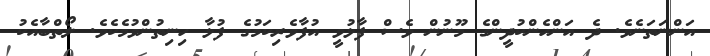
އަންނަތަނެވެ. ދެ އަންހެންކުދީންގެ މޫނުން ވެސް ފާޅުވީ އުފާވެރިކަމުގެ ފުޅާ ހިނިތުންވުމެކެވެ. ލޯތްބާއެކު